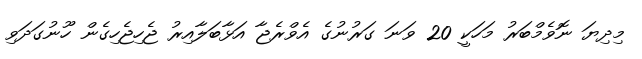
މިދިޔަ ނޮވެމްބަރު މަހަކީ 20 ވަނަ ގަރުނުގެ އެވްރެޖާ އަޅާބަލާއިރު ޖެހިޖެހިގެން ހޫނުގަދަވި